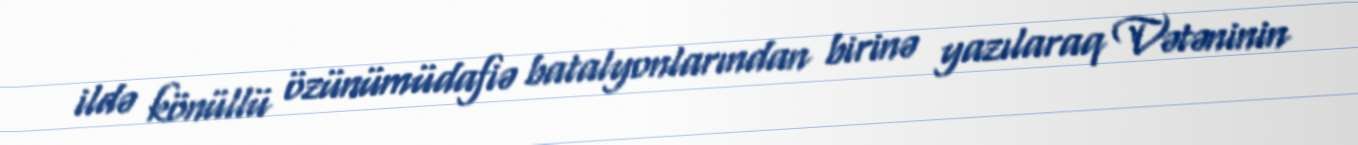
ildə könüllü özünümüdafiə batalyonlarından birinə yazılaraq Vətəninin